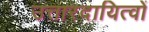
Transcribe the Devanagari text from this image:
उत्तारदायित्वों